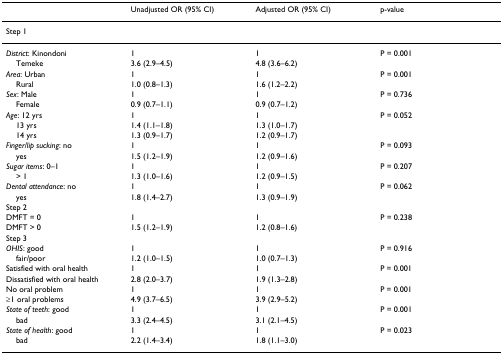
|  | Unadjusted OR (95% CI) | Adjusted OR (95% CI) | p-value |
 | --- | --- | --- | --- |
 | Step 1 |  |  |  |
 | District: Kinondoni | 1 | 1 | P = 0.001 |
 | Temeke | 3.6 (2.9–4.5) | 4.8 (3.6–6.2) |  |
 | Area: Urban | 1 | 1 | P = 0.001 |
 | Rural | 1.0 (0.8–1.3) | 1.6 (1.2–2.2) |  |
 | Sex: Male | 1 | 1 | P = 0.736 |
 | Female | 0.9 (0.7–1.1) | 0.9 (0.7–1.2) |  |
 | Age: 12 yrs | 1 | 1 | P = 0.052 |
 | 13 yrs | 1.4 (1.1–1.8) | 1.3 (1.0–1.7) |  |
 | 14 yrs | 1.3 (0.9–1.7) | 1.2 (0.9–1.7) |  |
 | Finger/lip sucking: no | 1 | 1 | P = 0.093 |
 | yes | 1.5 (1.2–1.9) | 1.2 (0.9–1.6) |  |
 | Sugar items: 0–1 | 1 | 1 | P = 0.207 |
 | > 1 | 1.3 (1.0–1.6) | 1.2 (0.9–1.5) |  |
 | Dental attendance: no | 1 | 1 | P = 0.062 |
 | yes | 1.8 (1.4–2.7) | 1.3 (0.9–1.9) |  |
 | Step 2 |  |  |  |
 | DMFT = 0 | 1 | 1 | P = 0.238 |
 | DMFT > 0 | 1.5 (1.2–1.9) | 1.2 (0.8–1.6) |  |
 | Step 3 |  |  |  |
 | OHIS: good | 1 | 1 | P = 0.916 |
 | fair/poor | 1.2 (1.0–1.5) | 1.0 (0.7–1.3) |  |
 | Satisfied with oral health | 1 | 1 | P = 0.001 |
 | Dissatisfied with oral health | 2.8 (2.0–3.7) | 1.9 (1.3–2.8) |  |
 | No oral problem | 1 | 1 | P = 0.001 |
 | ≥1 oral problems | 4.9 (3.7–6.5) | 3.9 (2.9–5.2) |  |
 | State of teeth: good | 1 | 1 | P = 0.001 |
 | bad | 3.3 (2.4–4.5) | 3.1 (2.1–4.5) |  |
 | State of health: good | 1 | 1 | P = 0.023 |
 | bad | 2.2 (1.4–3.4) | 1.8 (1.1–3.0) |  |